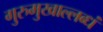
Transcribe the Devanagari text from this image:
गुरुमुखाल्लब्धं